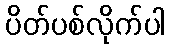
ပိတ်ပစ်လိုက်ပါ